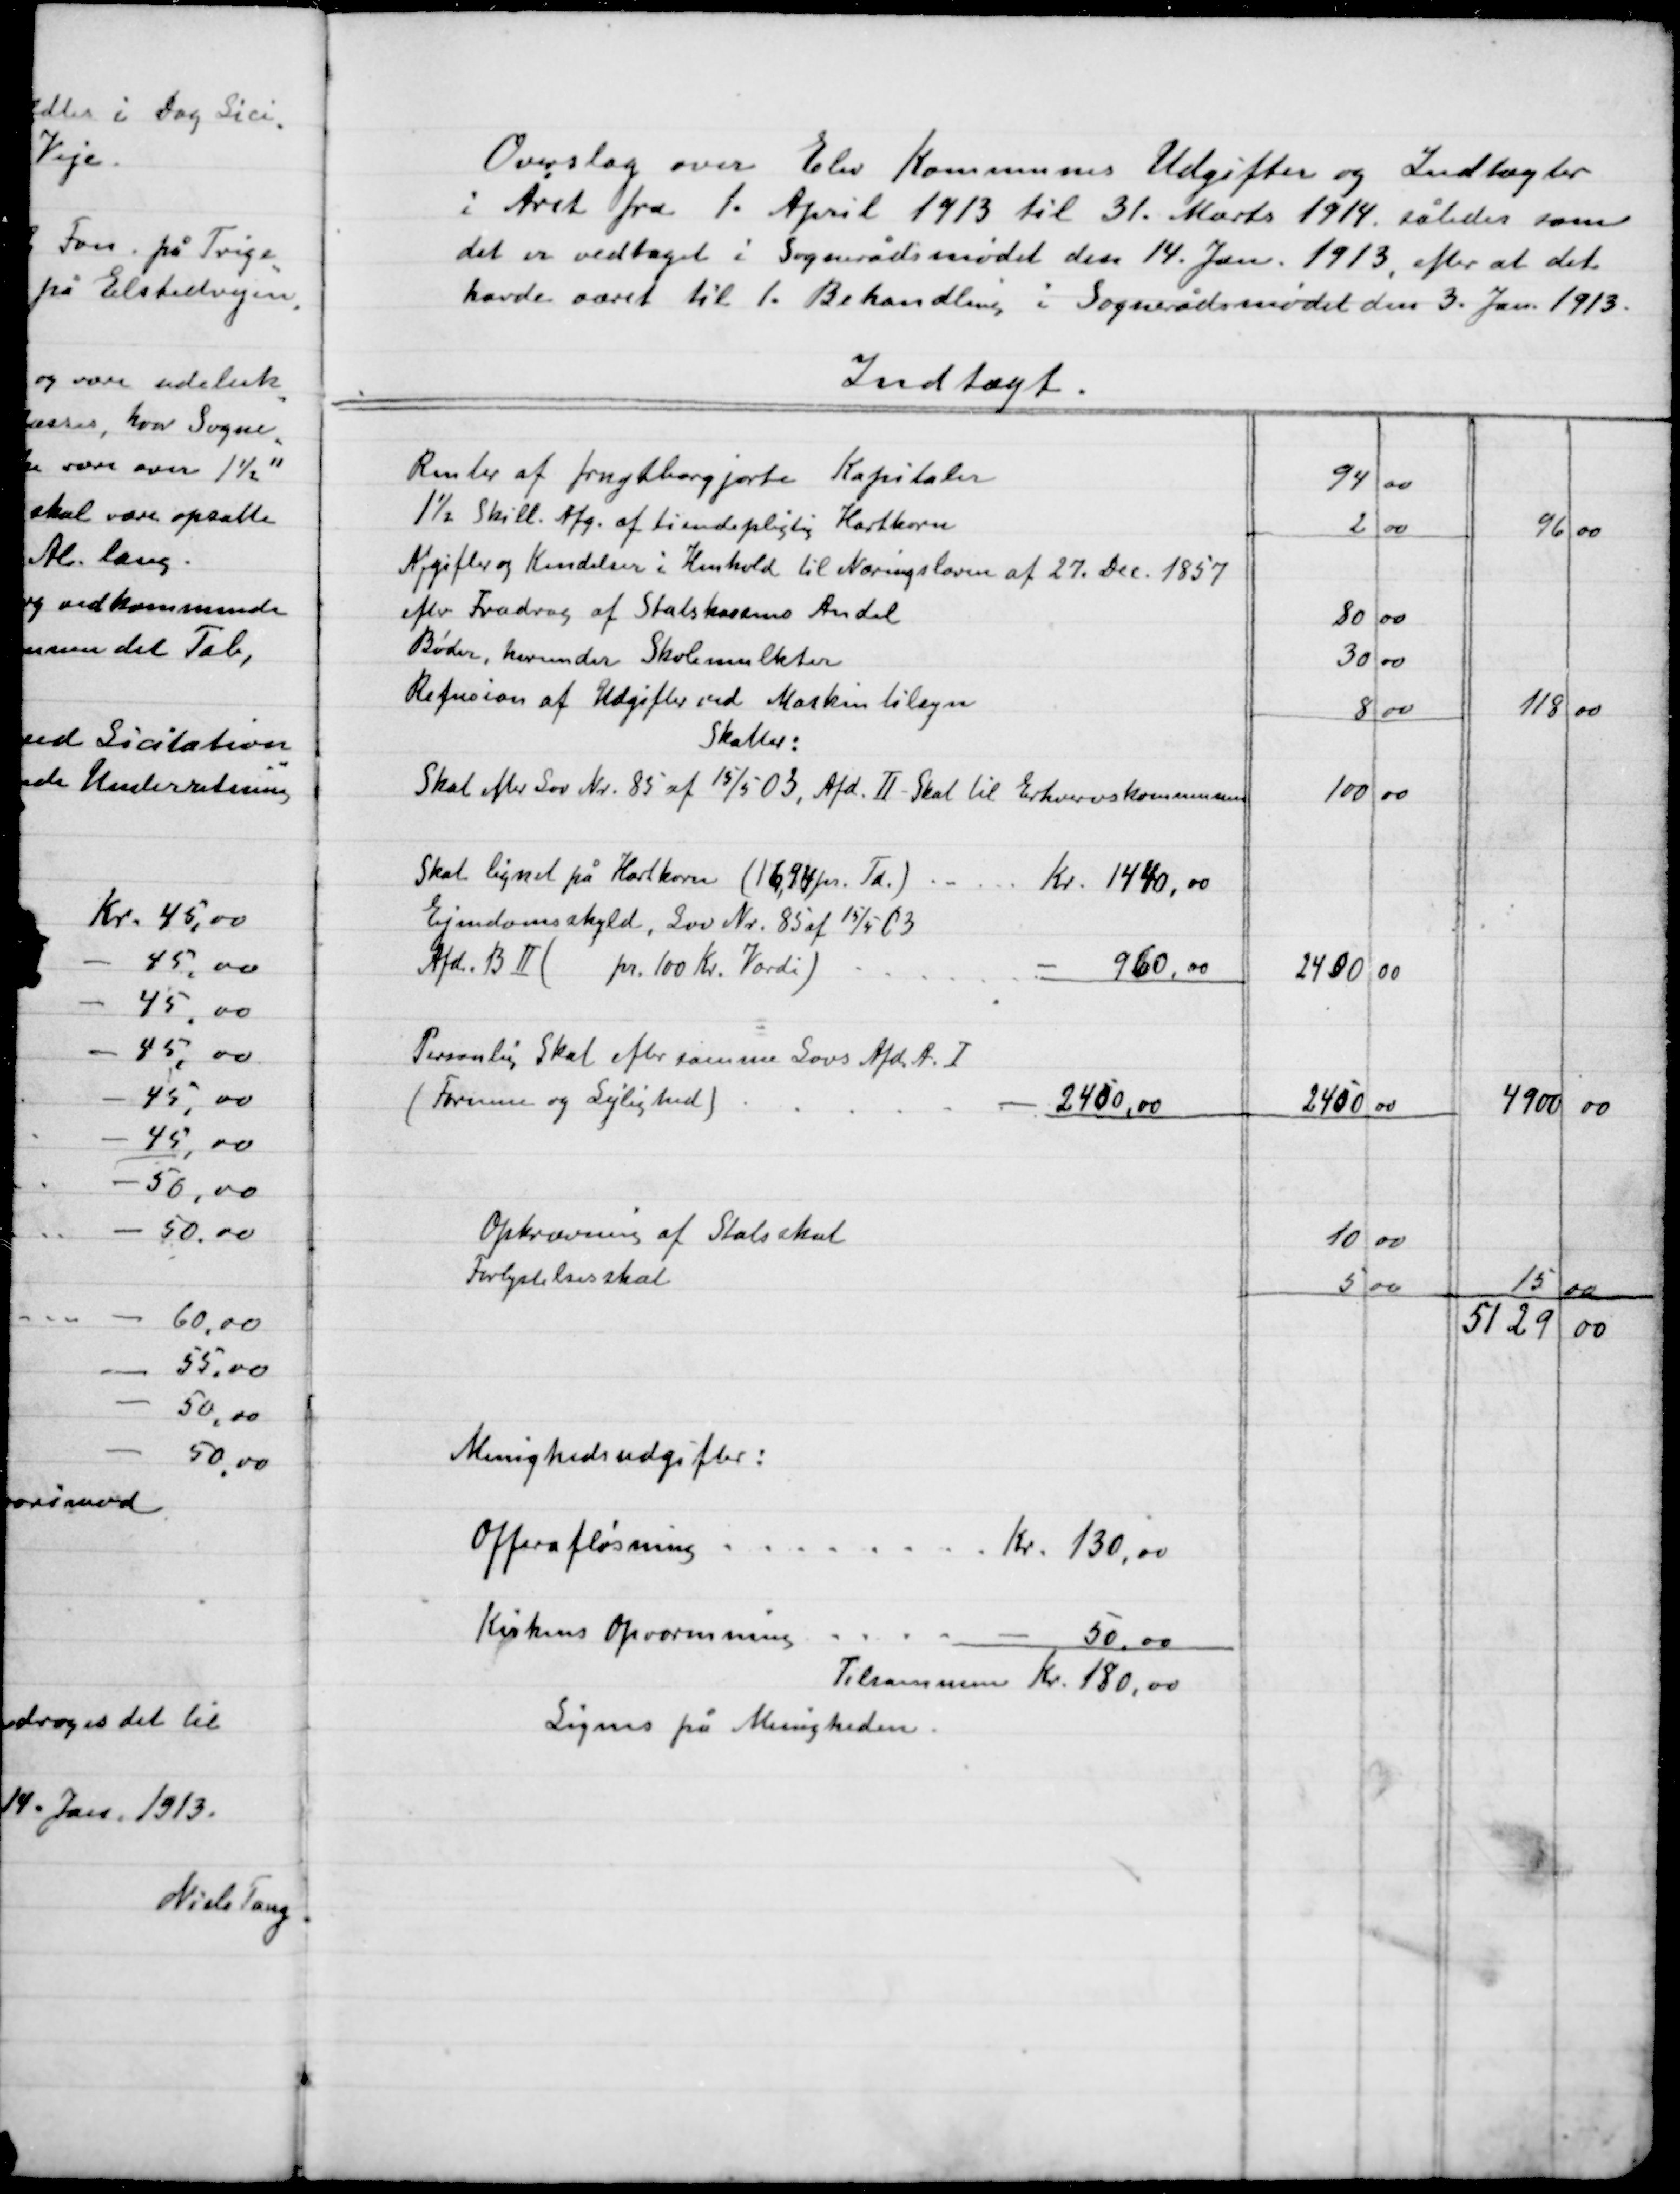
Transskription:
Overslag over Elev Kommunes Udgifter og Indtægter
I Aaret fra 1. April 1913 til 31. Marts 1914 således som
det er vedtaget i Sognerådsmødet den 14. Jan. 1913, efter at det
havde været til 1.Behandling i Sognerådsmødet den 3. Jan. 1913.

Lignes på Menigheden